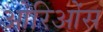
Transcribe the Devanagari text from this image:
ओरिओंस